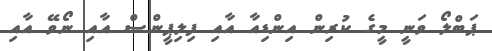
ޕަބްލޯ ވަނީ މީގެ ކުރިން އިންޑިއާ އާއި ފިލިޕީންސް އާއި ނޯވޭ އާއި